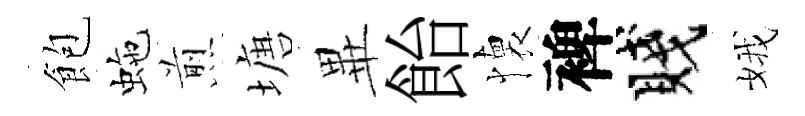
飽虵煎塘𭺾飴懐裨賤娥